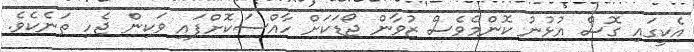
އެކީގައި ގޮސް އުޅުނު ކޮންމެވެސް ޒުވާން ޖޯޑަކަށް ހާއްސަކޮށްފައި ވަކިން ޖެހި ތަނެކެވެ.